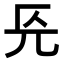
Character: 𭀟